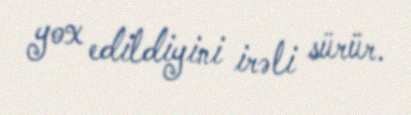
yox edildiyini irəli sürür.